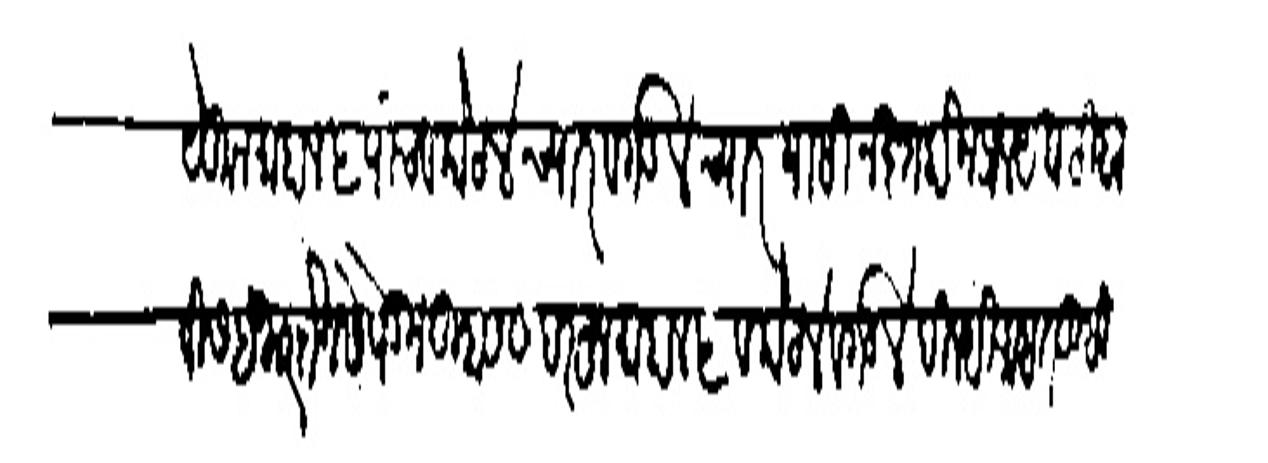
Transliteration (Devanagari): येकुन माहाल ५ पांच व फोट ४ च्यार व गड ४ च्यार यासी नसत होन प्रलय घटी था
बीस हजार बोनसे धेकन तुम्हास सदरहू माहाल ५ व कोट ४ व गड ४ दिल्ही आहत तुम्ही